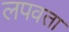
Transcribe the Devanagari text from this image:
लपवता